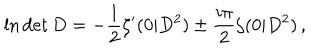
LaTeX: \ln \det D = - \frac { 1 } { 2 } \zeta ^ { \prime } ( 0 | D ^ { 2 } ) \pm \frac { i \pi } { 2 } \zeta ( 0 | D ^ { 2 } ) \, ,